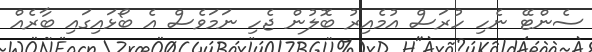
ސެންޓޭ ނެހި ހުރަސް އުމެއިރު ބޮލުން ޖެހި ނަމަވެސް އެ ބޯޅައިގައި ބާރެއް